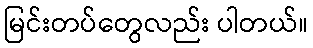
မြင်းတပ်တွေလည်း ပါတယ်။